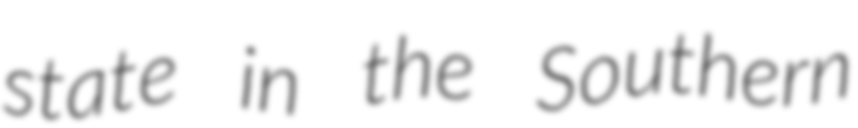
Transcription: state in the Southern